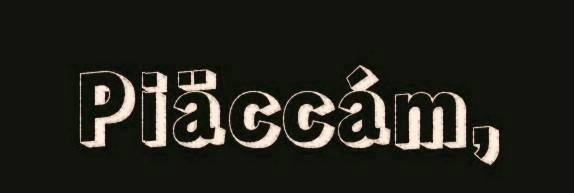
Piäccám,